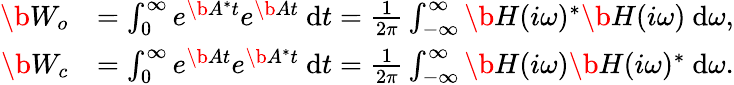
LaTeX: \begin{array}{rl}{\b{W_{o}}}&{=\int_{0}^{\infty}e^{\b{A}^{*}t}e^{\b{A}t}~\mathrm{d}t=\frac{1}{2\pi}\int_{-\infty}^{\infty}\b{H}(i\omega)^{*}\b{H}(i\omega)~\mathrm{d}\omega,}\\ {\b{W_{c}}}&{=\int_{0}^{\infty}e^{\b{A}t}e^{\b{A}^{*}t}~\mathrm{d}t=\frac{1}{2\pi}\int_{-\infty}^{\infty}\b{H}(i\omega)\b{H}(i\omega)^{*}~\mathrm{d}\omega.}\end{array}